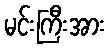
မင်းကြီးအား